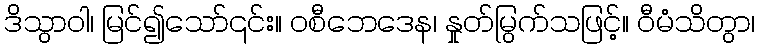
ဒိသွာဝါ၊ မြင်၍သော်၎င်း။ ဝစီဘေဒေန၊ နှုတ်မြွက်သဖြင့်။ ဝီမံသိတွာ၊